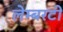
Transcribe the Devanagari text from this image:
लेम्बरटी